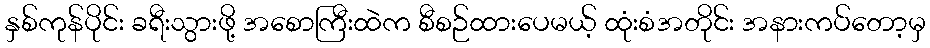
နှစ်ကုန်ပိုင်း ခရီးသွားဖို့ အစောကြီးထဲက စီစဉ်ထားပေမယ့် ထုံးစံအတိုင်း အနားကပ်တော့မှ